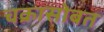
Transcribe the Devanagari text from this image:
चक्रासोबत